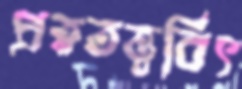
প্রত্নতত্ত্ববিৎ